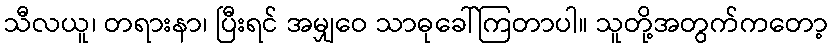
သီလယူ၊ တရားနာ၊ ပြီးရင် အမျှဝေ သာဓုခေါ်ကြတာပါ။ သူတို့အတွက်ကတော့